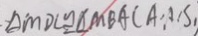
\Delta M D C \cong \Delta M B A ( A , A , S ,